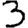
Digit: 3